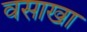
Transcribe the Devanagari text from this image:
वसाखा